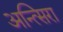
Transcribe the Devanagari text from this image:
अन्त्सिरा